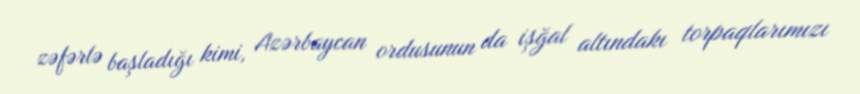
zəfərlə başladığı kimi, Azərbaycan ordusunun da işğal altındakı torpaqlarımızı